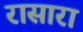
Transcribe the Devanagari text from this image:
रासारा